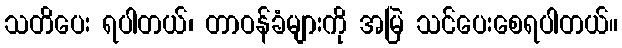
သတိပေး ရပါတယ်၊ တာဝန်ခံများကို အမြဲ သင်ပေးစေရပါတယ်။